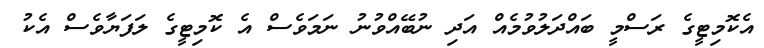
އެކޮމިޓީގެ ރަސްމީ ބައްދަލުވުމެއް އަދި ނުބޭއްވުނު ނަމަވެސް އެ ކޮމިޓީގެ ލަފަޔާވެސް އެކު